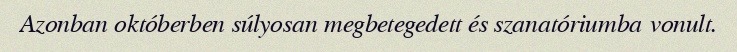
Azonban októberben súlyosan megbetegedett és szanatóriumba vonult.